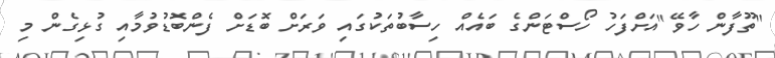
"ތޫފާން ހާވޭ"އަށްފަހު ހޯސްޓަންގެ ބައެއް ހިސާބުތަކުގައި ވަރަށް ބޮޑަށް ފެންބޮޑުވުމާއި ގުޅިގެން މި